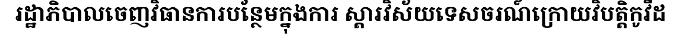
រដ្ឋាភិបាលចេញវិធានការបន្ថែមក្នុងការ ស្តារវិស័យទេសចរណ៍ក្រោយវិបត្តិកូវីដ